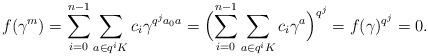
LaTeX: \begin{align*}f(\gamma^m)=\sum_{i=0}^{n-1}\sum_{a\in q^iK}c_i\gamma^{q^ja_0a}=\Bigl(\sum_{i=0}^{n-1}\sum_{a\in q^iK}c_i\gamma^a\Bigr)^{q^j}=f(\gamma)^{q^j}=0.\end{align*}